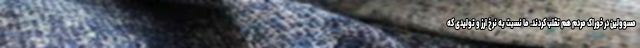
مسوولین در خوراک مردم هم تقلب کردند. ما نسبت به نرخ ارز و تولیدی که